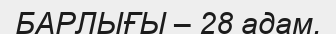
БАРЛЫҒЫ – 28 адам.